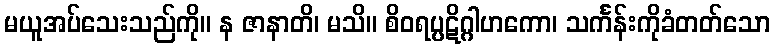
မယူအပ်သေးသည်ကို။ န ဇာနာတိ၊ မသိ။ စိဝရပ္ပဋိဂ္ဂါဟကော၊ သင်္ကန်းကိုခံတတ်သော